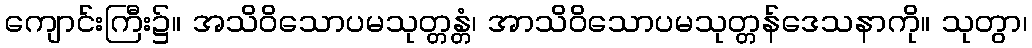
ကျောင်းကြီး၌။ အသိဝိသောပမသုတ္တန္တံ၊ အာသိဝိသောပမသုတ္တန်ဒေသနာကို။ သုတွာ၊